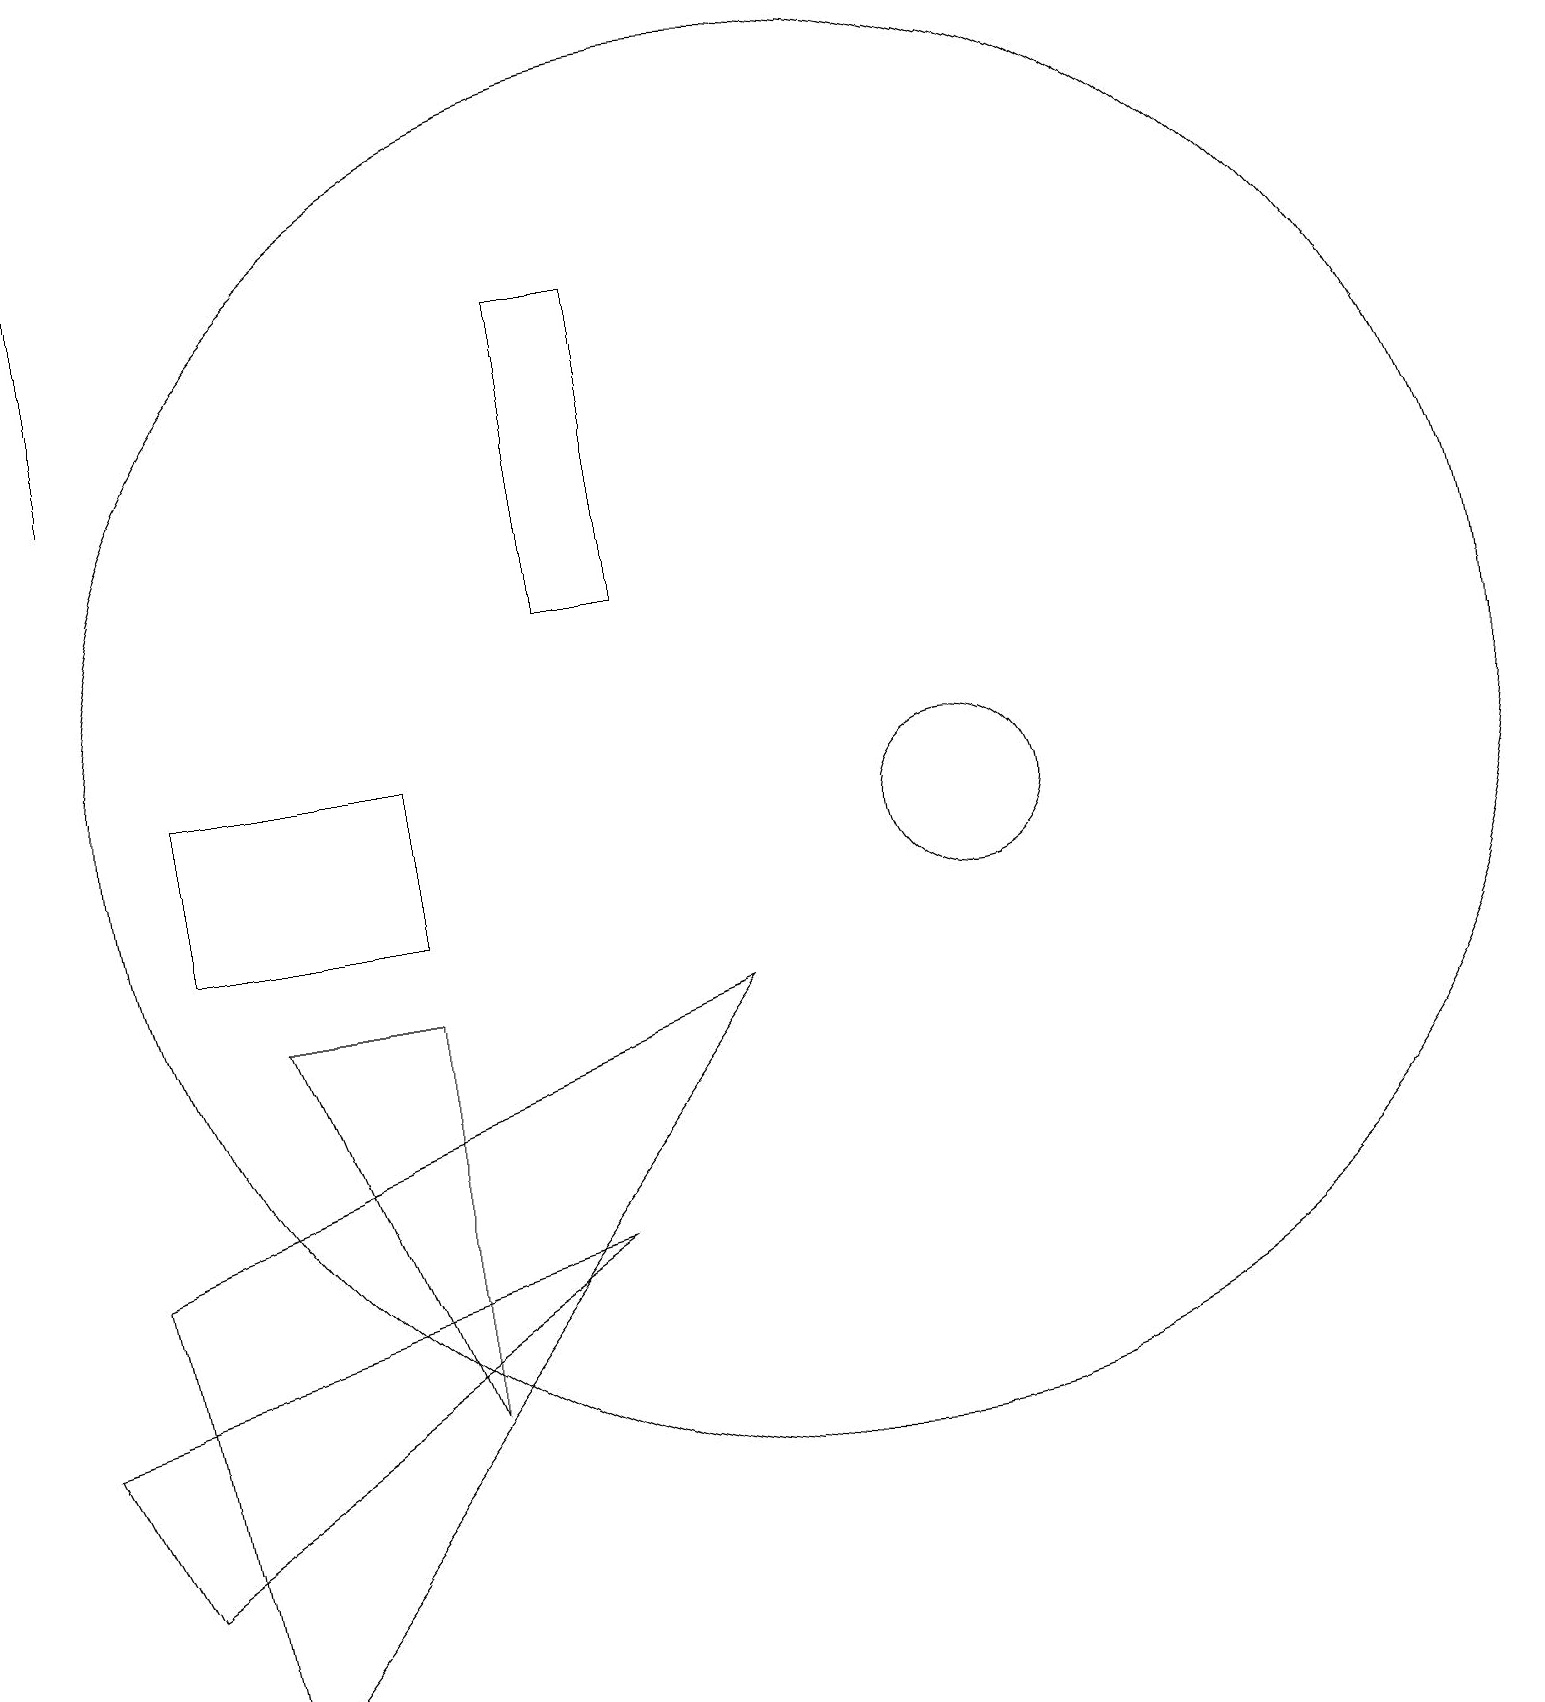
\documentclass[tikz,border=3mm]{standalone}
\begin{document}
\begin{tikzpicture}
\draw (12,11) circle (1);
\draw (10,12) circle (9);
\draw (8,14) rectangle (7,18);
\draw (5,10) rectangle (2,12);
\draw (3,9) -- (5,9) -- (5,4) -- cycle;
\draw (1,2) -- (0,4) -- (7,6) -- cycle;
\draw (1,19) rectangle (1,16);
\draw (1,6) -- (9,9) -- (2,0) -- cycle;
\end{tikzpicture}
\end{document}